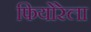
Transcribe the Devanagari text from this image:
फियोरेला